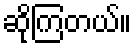
ဆိုကြတယ်။